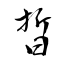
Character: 晢